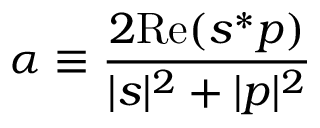
\alpha \equiv \frac { 2 \mathrm { R e } ( s ^ { * } p ) } { | s | ^ { 2 } + | p | ^ { 2 } }